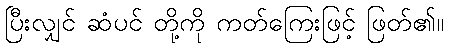
ပြီးလျှင် ဆံပင် တို့ကို ကတ်ကြေးဖြင့် ဖြတ်၏။